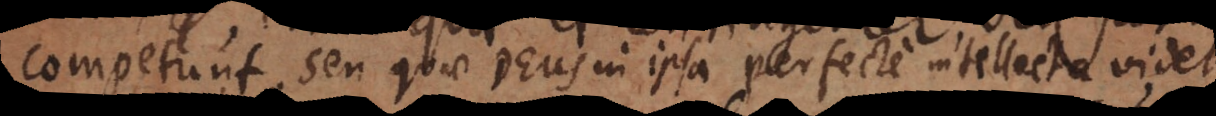
competunt, seu quae Deus in ipsa perfecte intellecta videt.